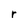
Character: r